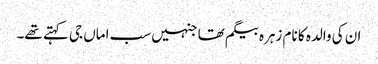
ان کی والدہ کا نام زہرہ بیگم تھا جنہیں سب اماں جی کہتے تھے۔